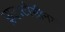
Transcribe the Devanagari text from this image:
प्लाइस्टोसीनयुग